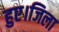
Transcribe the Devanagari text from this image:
हुए।जिला